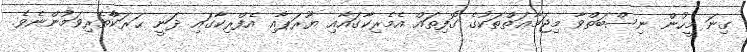
ގިނަ މީހުން ނިސްބަތްވާ މިޖަމާޢަތްތަކުގެ ގޮފިތައް އެމެރިކާގައާއި ޔޫރަޕާއި އެފްރިކާގައި ދަނީ ޙަރަކާްތެރިވަމުންނެވެ.